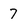
Character: 7